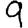
Digit: 9